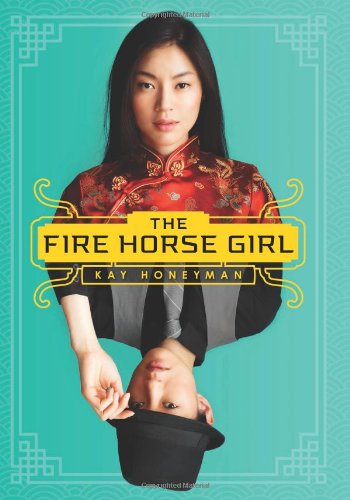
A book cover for The Fire Horse Girl; Kay Honeyman; Teen & Young Adult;